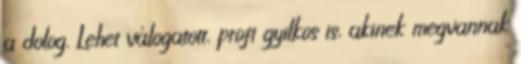
a dolog. Lehet válogatott, profi gyilkos is, akinek megvannak